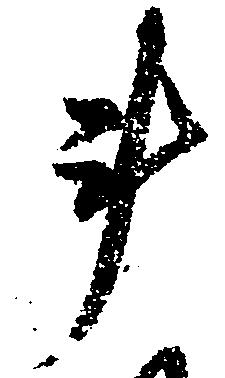
計